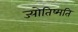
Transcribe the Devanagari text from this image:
ज्योतिष्मति